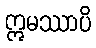
ဣမဿာပိ